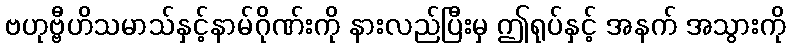
ဗဟုဗ္ဗီဟိသမာသ်နှင့်နာမ်ဂိုဏ်းကို နားလည်ပြီးမှ ဤရုပ်နှင့် အနက် အသွားကို